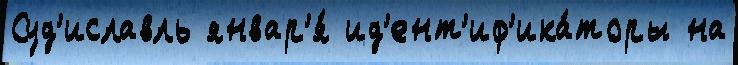
Суд'иславль январ'я́ ид'ент'иф'ика́торы на